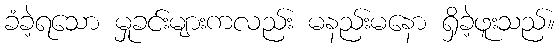
ခံခဲ့ရသော မှုခင်းများကလည်း မနည်းမနော ရှိခဲ့ဖူးသည်။